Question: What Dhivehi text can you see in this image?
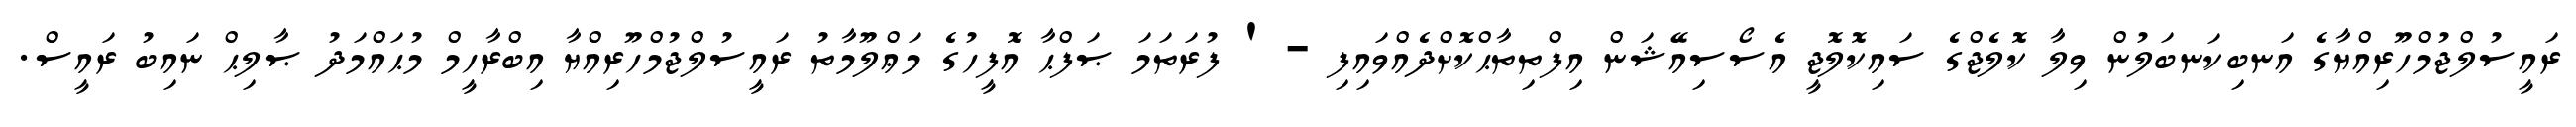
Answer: ރައީސުލްޖުމްހޫރިއްޔާގެ އަނބިކަނބަލުން ވިލާ ކޮލެޖްގެ ސައިކޮލޮޖީ އެސޯސިއޭޝަން އިފްތިތާޙްކޮށްދެއްވައިފި - ' ފުރަތަމަ ޞަފްޙާ އޮފީހުގެ މަޢްލޫމާތު ރައީސުލްޖުމްހޫރިއްޔާ އިބްރާހީމް މުޙައްމަދު ޞާލިޙް ނައިބު ރައީސް.